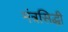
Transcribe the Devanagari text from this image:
मंत्रसिद्धी